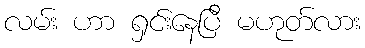
လမ်း ဟာ ရှင်းနေပြီ မဟုတ်လား